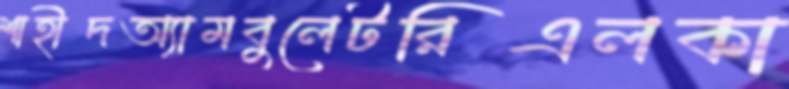
শাহীদঅ্যামবুলেটরিএলকা